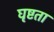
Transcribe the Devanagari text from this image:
घृष्टता